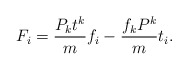
\begin{align*}F_{i}={P_{k}t^{k} \over m} f_{i} - {f_{k}P^{k} \over m}t_{i}.\end{align*}